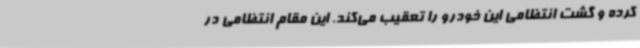
کرده و گشت انتظامی این خودرو را تعقیب می‌کند. این مقام انتظامی در